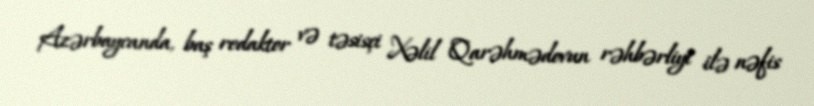
Azərbaycanda, baş redaktor və təsisçi Xəlil Qarəhmədovun rəhbərliyi ilə nəfis